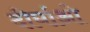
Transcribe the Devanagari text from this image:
दीर्घाओ